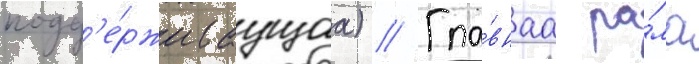
подд'е́рживаущаа) // Гла́внаа ра́ма